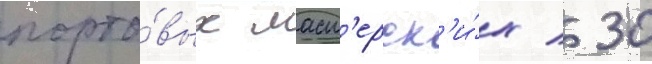
порто́вых маст'ерск'и́х / 30